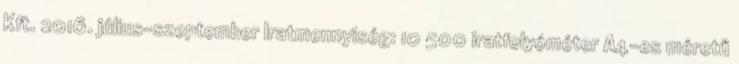
Kft. 2016. július-szeptember Iratmennyiség: 10 500 iratfolyóméter A4-es méretű